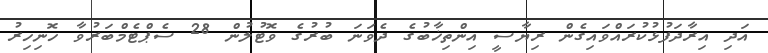
އަދި އިރާދަފުޅުކުރައްވައިގެން ރިޔާސީ އިންތިޚާބުގެ ދެވަނަ ބުރުގެ ވޮޓުލުން 28 ސެޕްޓެމްބަރުވާ ހޮނިހިރު